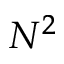
N ^ { 2 }